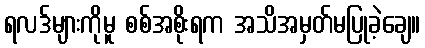
ရလဒ်များကိုမူ စစ်အစိုးရက အသိအမှတ်မပြုခဲ့ချေ။